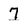
Character: 7